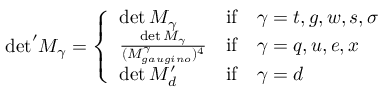
{ \operatorname * { d e t } } ^ { \prime } M _ { \gamma } = \left\{ \begin{array} { l l l } { { \operatorname * { d e t } M _ { \gamma } \hfill } } & { { \mathrm { i f } } } & { { \gamma = t , g , w , s , \sigma \hfill } } \\ { { \frac { \operatorname * { d e t } M _ { \gamma } } { { ( M _ { g a u g i n o } ^ { \gamma } ) ^ { 4 } } \hfill } } } & { { \mathrm { i f } } } & { { \gamma = q , u , e , x \hfill } } \\ { { \operatorname * { d e t } M _ { d } ^ { \prime } } } & { { \mathrm { i f } } } & { { \gamma = d } } \end{array} \right.